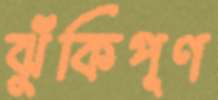
ঝুঁকিপূণ